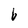
Character: b